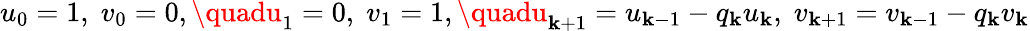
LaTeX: u_{0}=1,\; v_{0}=0,\quadu_{1}=0,\; v_{1}=1,\quadu_{\mathbf{k}+1}=u_{\mathbf{k}-1}-q_{\mathbf{k}}u_{\mathbf{k}},\; v_{\mathbf{k}+1}=v_{\mathbf{k}-1}-q_{\mathbf{k}}v_{\mathbf{k}}